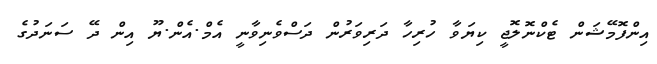
އިންފޮމޭޝަން ޓެކްނޮލޮޖީ ކިޔަވާ ހުރިހާ ދަރިވަރުން ދަސްވެނިވާނީ އެމް.އެން.ޔޫ އިން ދޭ ސަނަދުގެ